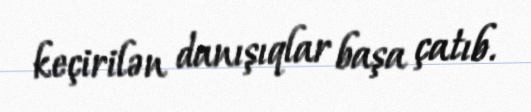
keçirilən danışıqlar başa çatıb.